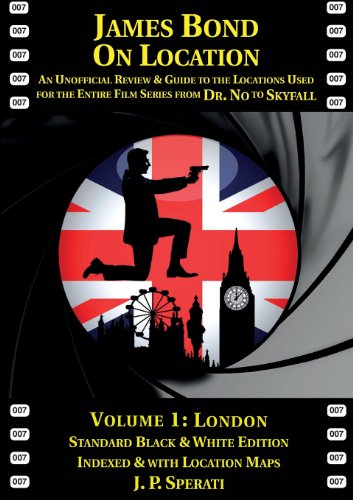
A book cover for James Bond on Location Volume 1: London; J. P. Sperati; Travel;